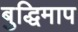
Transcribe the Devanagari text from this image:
बुद्धिमाप